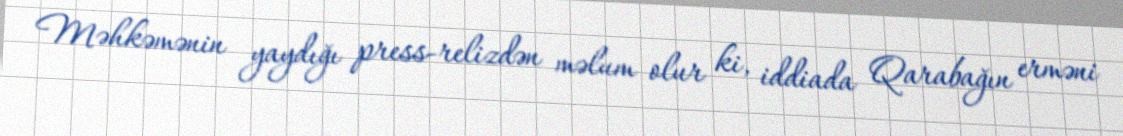
Məhkəmənin yaydığı press-relizdən məlum olur ki, iddiada Qarabağın erməni